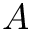
A